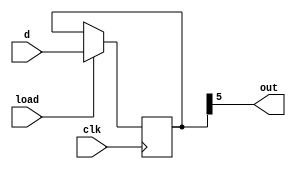
module signal_100111(out,load,clk,d);
	parameter	M = 6;
	output	out;
	input	load,clk;
	input	[M-1:0] d;
	reg	[M-1:0] q;   //Q
		initial	q = 6'b100111;
		always @(posedge clk) 
			if(load)
				q <= d;//load
			else 
				q <= {q[M-2:0],q[M-1:0]};
		assign  out = q[M-1] ;
endmodule 

module  signal_maker1(out,clk, load, D);
	parameter M=6;
	output out;
	input clk,load;
	input [M-1:0] D;
	reg [M-1:0] Q;
		initial Q=6'b100111;
		always @(posedge clk)
			if(load) 
				Q<=D;
			else 
				Q<={Q[M-2:0],Q[M-1]};
		assign out=Q[M];
endmodule